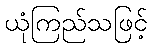
ယုံကြည်သဖြင့်